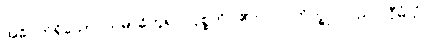
အဓိပတိရှိသော သမာဓိဟူ၍။ ဝုစ္စတိ၊ ၏။ ပ။ ဘိက္ခု၊ သည်။ ဝီမံသံ၊